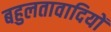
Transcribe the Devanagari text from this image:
बहुलतावादियों